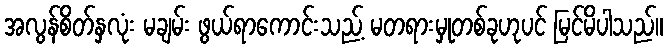
အလွန်စိတ်နှလုံး မချမ်း ဖွယ်ရာကောင်းသည့် မတရားမှုတစ်ခုဟုပင် မြင်မိပါသည်။